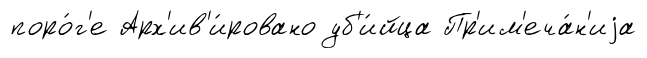
поро́г'е Арх'ив'и́ровано уб'и́йца Пр'им'еча́н'иjа